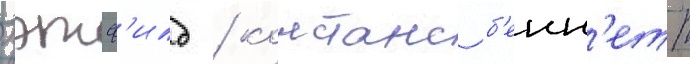
хэтф'илд / констанс б'енн'етт